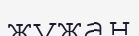
жужан